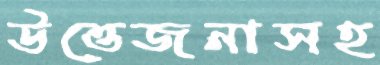
উত্তেজনাসহ